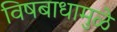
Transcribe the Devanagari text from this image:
विषबाधामुळे